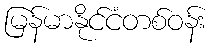
မြန်မာနိုင်ငံတစ်ဝန်း